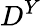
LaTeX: D^{Y}